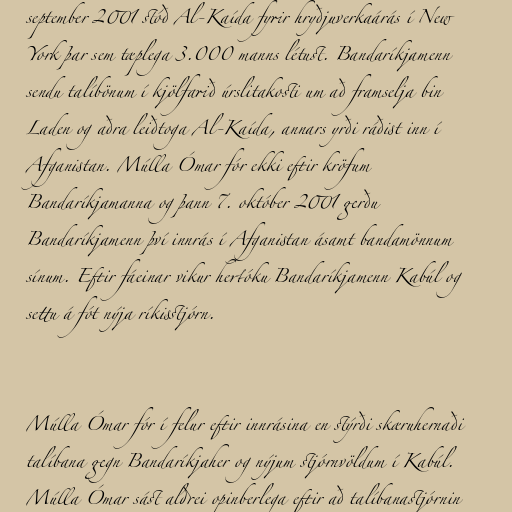
september 2001 stóð Al-Kaída fyrir hryðjuverkaárás í New
York þar sem tæplega 3.000 manns létust. Bandaríkjamenn
sendu talíbönum í kjölfarið úrslitakosti um að framselja bin
Laden og aðra leiðtoga Al-Kaída, annars yrði ráðist inn í
Afganistan. Múlla Ómar fór ekki eftir kröfum
Bandaríkjamanna og þann 7. október 2001 gerðu
Bandaríkjamenn því innrás í Afganistan ásamt bandamönnum
sínum. Eftir fáeinar vikur hertóku Bandaríkjamenn Kabúl og
settu á fót nýja ríkisstjórn.

Múlla Ómar fór í felur eftir innrásina en stýrði skæruhernaði
talíbana gegn Bandaríkjaher og nýjum stjórnvöldum í Kabúl.
Múlla Ómar sást aldrei opinberlega eftir að talíbanastjórnin